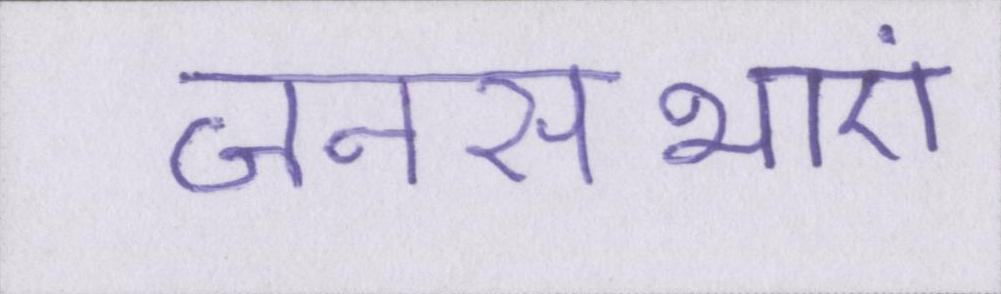
जनसभाएं